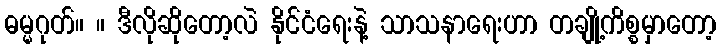
ဓမ္မဂုတ်။ ။ ဒီလိုဆိုတော့လဲ နိုင်ငံရေးနဲ့ သာသနာရေးဟာ တချို့ကိစ္စမှာတော့